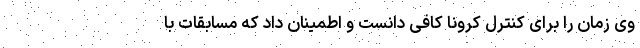
وی زمان را برای کنترل کرونا کافی دانست و اطمینان داد که مسابقات با